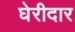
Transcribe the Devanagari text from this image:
घेरीदार